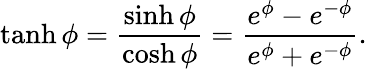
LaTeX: \operatorname{tanh}\phi={\frac{\sinh\phi}{\cosh\phi}}={\frac{e^{\phi}-e^{-\phi}}{e^{\phi}+e^{-\phi}}}.